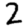
Digit: 2